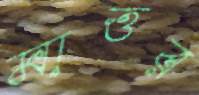
মাত্তর